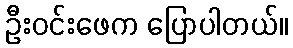
ဦးဝင်းဖေက ပြောပါတယ်။